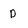
Character: d